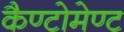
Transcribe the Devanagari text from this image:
कैण्‍टोमेण्‍ट